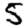
Digit: 5